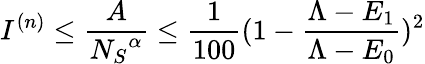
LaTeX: I^{(n)}\leq\frac{A}{{N_{S}}^{\alpha}}\leq\frac{1}{100}(1-\frac{\Lambda-E_{1}}{\Lambda-E_{0}})^{2}